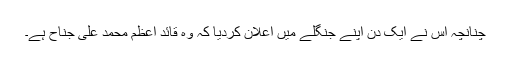
چُنانچہ اس نے ایک دن اپنے جنگلے میں اعلان کردیا کہ وہ قائد اعظم محمد علی جناح ہے۔